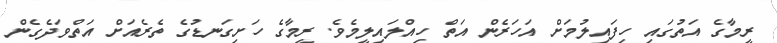
ރީމާގެ އަތުގައި ހިފައިލުމަށް އަހަރެން އަތް ހިއްލައިލީމެވެ. ރީމާގެ ހަށިގަނޑުގެ ތެރެއަށް އަތްވަދެގެން